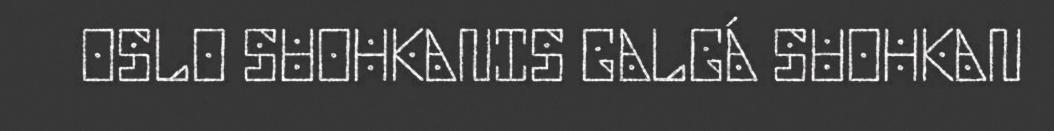
OSLO SUOHKANIS GALGÁ SUOHKAN